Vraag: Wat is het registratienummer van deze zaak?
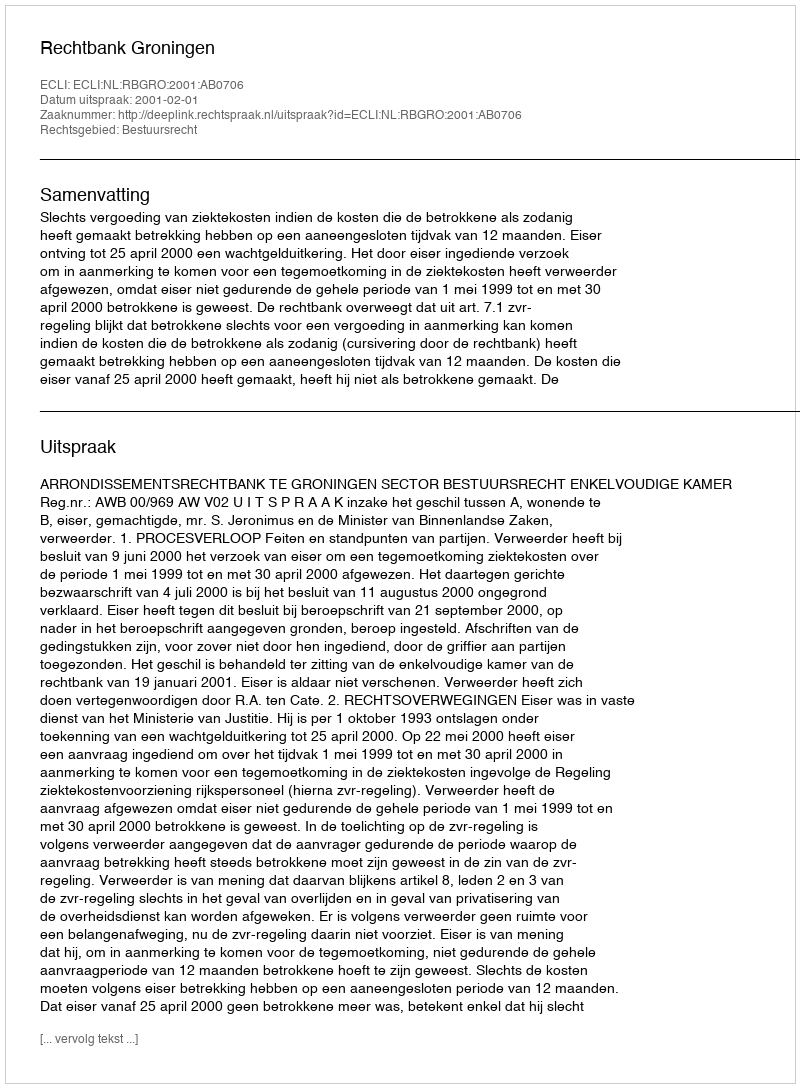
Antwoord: http://deeplink.rechtspraak.nl/uitspraak?id=ECLI:NL:RBGRO:2001:AB0706